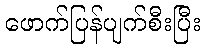
ဖောက်ပြန်ပျက်စီးပြီး